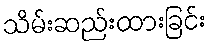
သိမ်းဆည်းထားခြင်း